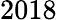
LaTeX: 2018